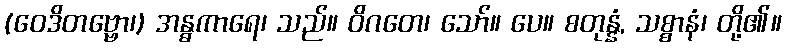
(ဝေဒိတဗ္ဗော၊) အန္ဓကာရေ၊ သည်။ ဝိဂတေ၊ သော်။ ပေ။ စတုန္နံ, သစ္စာနံ၊ တို့၏။